Document type: Acquittance
Year: 1296
Scribe: Jaume de Malví
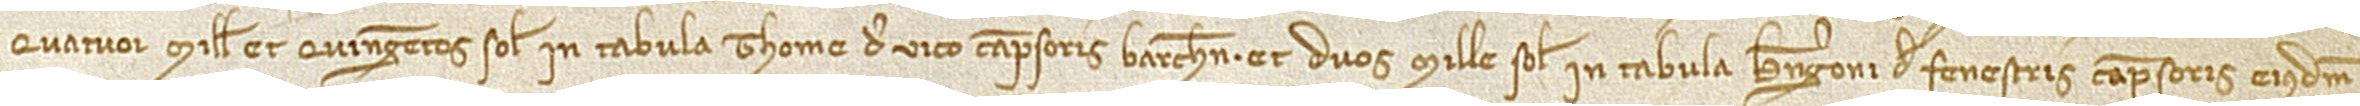
quatuor mille quingentos solidos in tabula Thome de Vico, campsoris Barchinone, et duos mille solidos in tabula Berengaroni de Fenestris, campsoris eiusdem